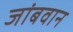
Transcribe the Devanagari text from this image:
जांबवान